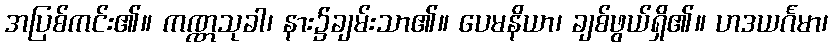
အပြစ်ကင်း၏။ ကဏ္ဏသုခါ၊ နား၌ချမ်းသာ၏။ ပေမနိယာ၊ ချစ်ဖွယ်ရှိ၏။ ဟဒယင်္ဂမာ၊